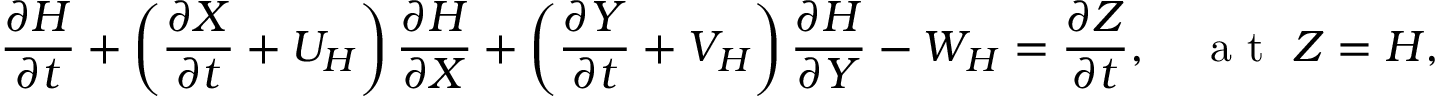
\frac { \partial H } { \partial t } + \left( \frac { \partial X } { \partial t } + U _ { H } \right) \frac { \partial H } { \partial X } + \left( \frac { \partial Y } { \partial t } + V _ { H } \right) \frac { \partial H } { \partial Y } - W _ { H } = \frac { \partial Z } { \partial t } , \quad \textrm { a t } ~ Z = H ,